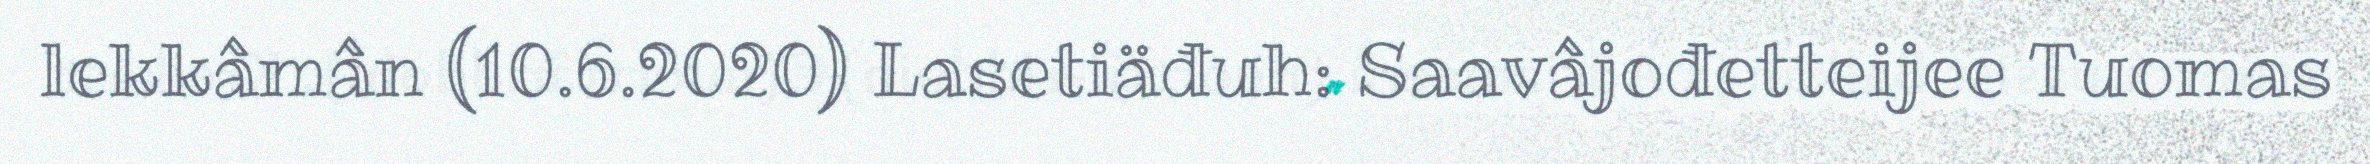
lekkâmân (10.6.2020) Lasetiäđuh: Saavâjođetteijee Tuomas